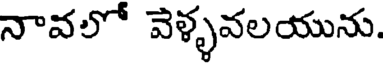
నావలో వెళ్ళవలయును.